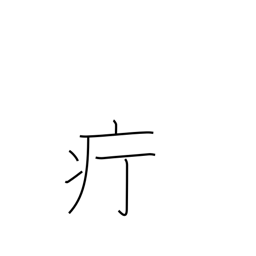
Meaning: carbuncle